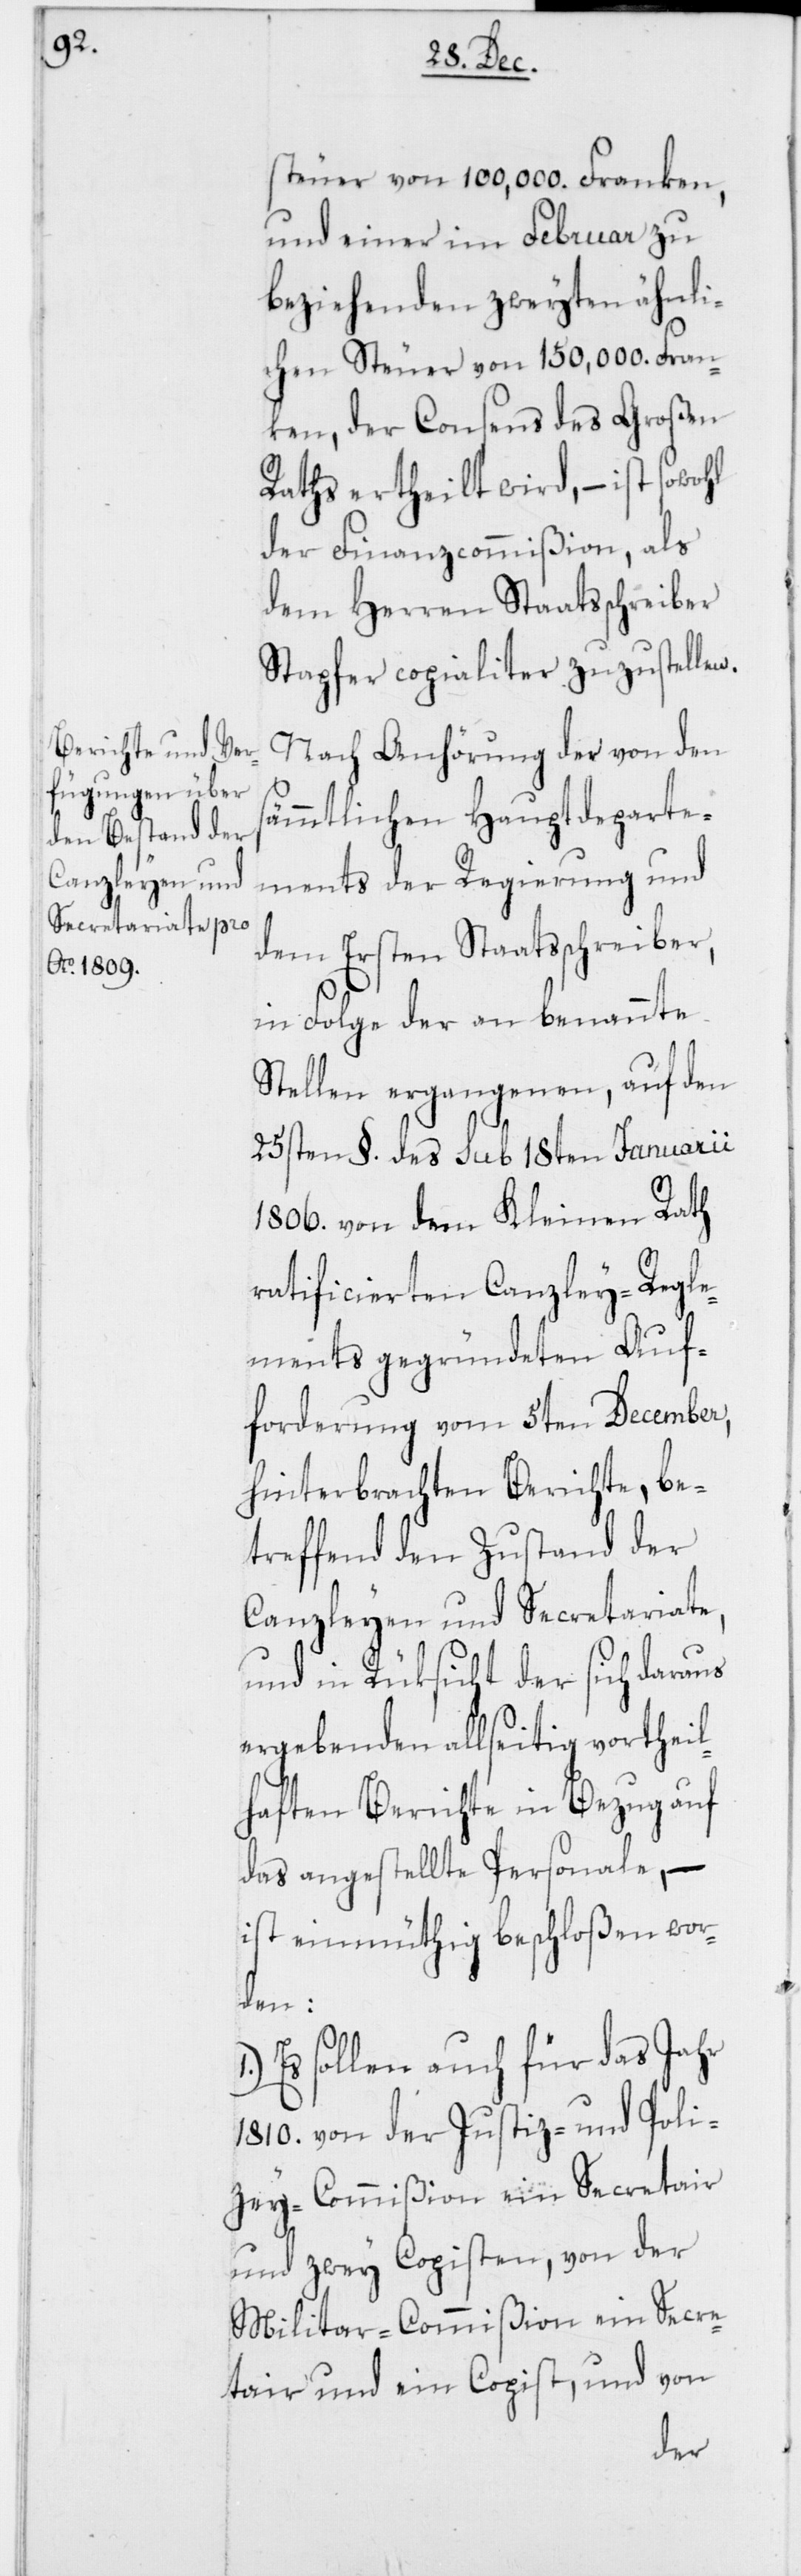
s¬

steuer von 100,000. Franken,
und einer im Februar zu
beziehenden zweyten ähnli¬
chen Steuer von 150,000. Fran¬
ken, der Consens des Großen
Raths ertheilt wird, – ist sowohl
der Finanzcommißion, als
dem Herren Staatsschreiber
Stapfer copialiter zuzustellen.
Nach Anhörung der von den
ämmtlichen Hauptdeparte¬
ments der Regierung und
dem Ersten Staatsschreiber,
in Folge der an benannte
Stellen ergangenen, auf den
25sten §. des sub 18ten Januarii
1806. von dem Kleinen Rath
ratificierten Canzley-Regle¬
ments gegeründeten Auf¬
forderung vom 5ten December,
hinterbrachten Berichte, be¬
treffend den Zustand der
Canzleyen und Secretariate,
und in Rüksicht der sich daraus
ergebenden allseitig vortheil¬
haften Berichte in Bezug auf
das angestellte Personale, –
ist einmüthig beschloßen wor¬
den:
1. Es sollen auch für das Jahr
1810. von der Justiz- und Poli¬
zey-Commißion ein Secretair
und zwey Copisten, von der
Militar-Commißion ein Secre¬
tair und ein Copist, und von